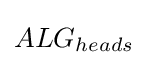
ALG_{heads}